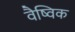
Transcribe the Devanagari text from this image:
वैष्विक